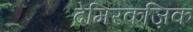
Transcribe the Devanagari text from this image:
देमिरकज़िक